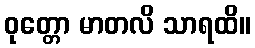
ဝုတ္တော မာတလိ သာရထိ။